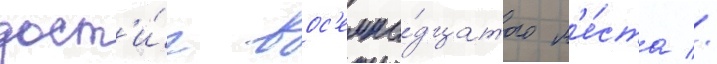
дост'и́г вос'емна́дцатого м'е́ста //